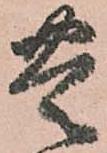
豊